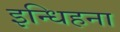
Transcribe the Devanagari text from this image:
इन्धिहना